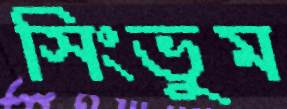
সিংভুম